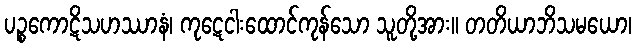
ပဉ္စကောဋိသဟဿာနံ၊ ကုဋေငါးထောင်ကုန်သော သူတို့အား။ တတိယာဘိသမယော၊